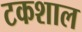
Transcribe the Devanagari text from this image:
टकशाल